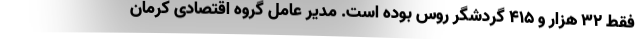
فقط 32 هزار و 415 گردشگر روس بوده است. مدیر عامل گروه اقتصادی کرمان